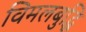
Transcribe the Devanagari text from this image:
विमलबुद्धि